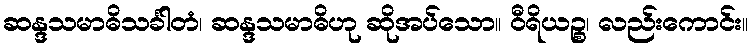
ဆန္ဒသမာဓိသင်္ခါတံ၊ ဆန္ဒသမာဓိဟု ဆိုအပ်သော။ ဝီရိယဉ္စ၊ လည်းကောင်း။